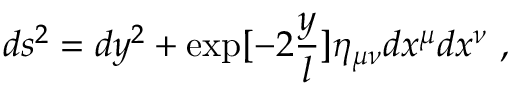
d s ^ { 2 } = d y ^ { 2 } + \exp [ - 2 { \frac { y } { l } } ] \eta _ { \mu \nu } d x ^ { \mu } d x ^ { \nu } \ ,